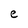
Character: e